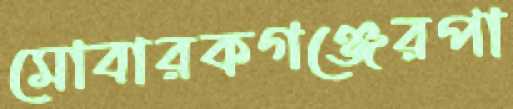
মোবারকগঞ্জেরপা